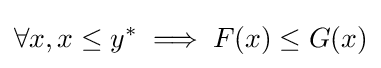
\forall x,x\leq y^{*}\implies F(x)\leq G(x)